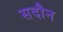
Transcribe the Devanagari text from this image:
सदौन